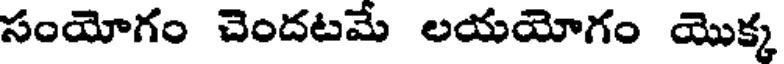
సంయోగం చెందటమ లయయోగం యొక్క